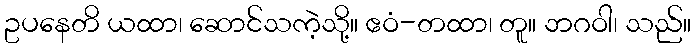
ဥပနေတိ ယထာ၊ ဆောင်သကဲ့သို့။ ဧဝံ-တထာ၊ တူ။ ဘဂဝါ၊ သည်။